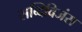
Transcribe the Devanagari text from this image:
सब्दिविजंस